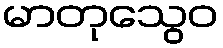
မာတုသွေဝ